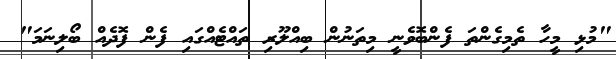
"މުޅި މީހާ ތެމިގެންތަ ފެންބޮވެނީ މިތަނުން ބިއްލޫރި ތައްޓެއްގައި ފެން ފޮދެއް ބޯލިނަމަ"